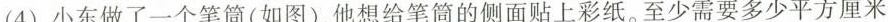
(4)小东做了一个笔筒(如图)，他想给笔筒的侧面贴上彩纸。至少需要多少平方厘米